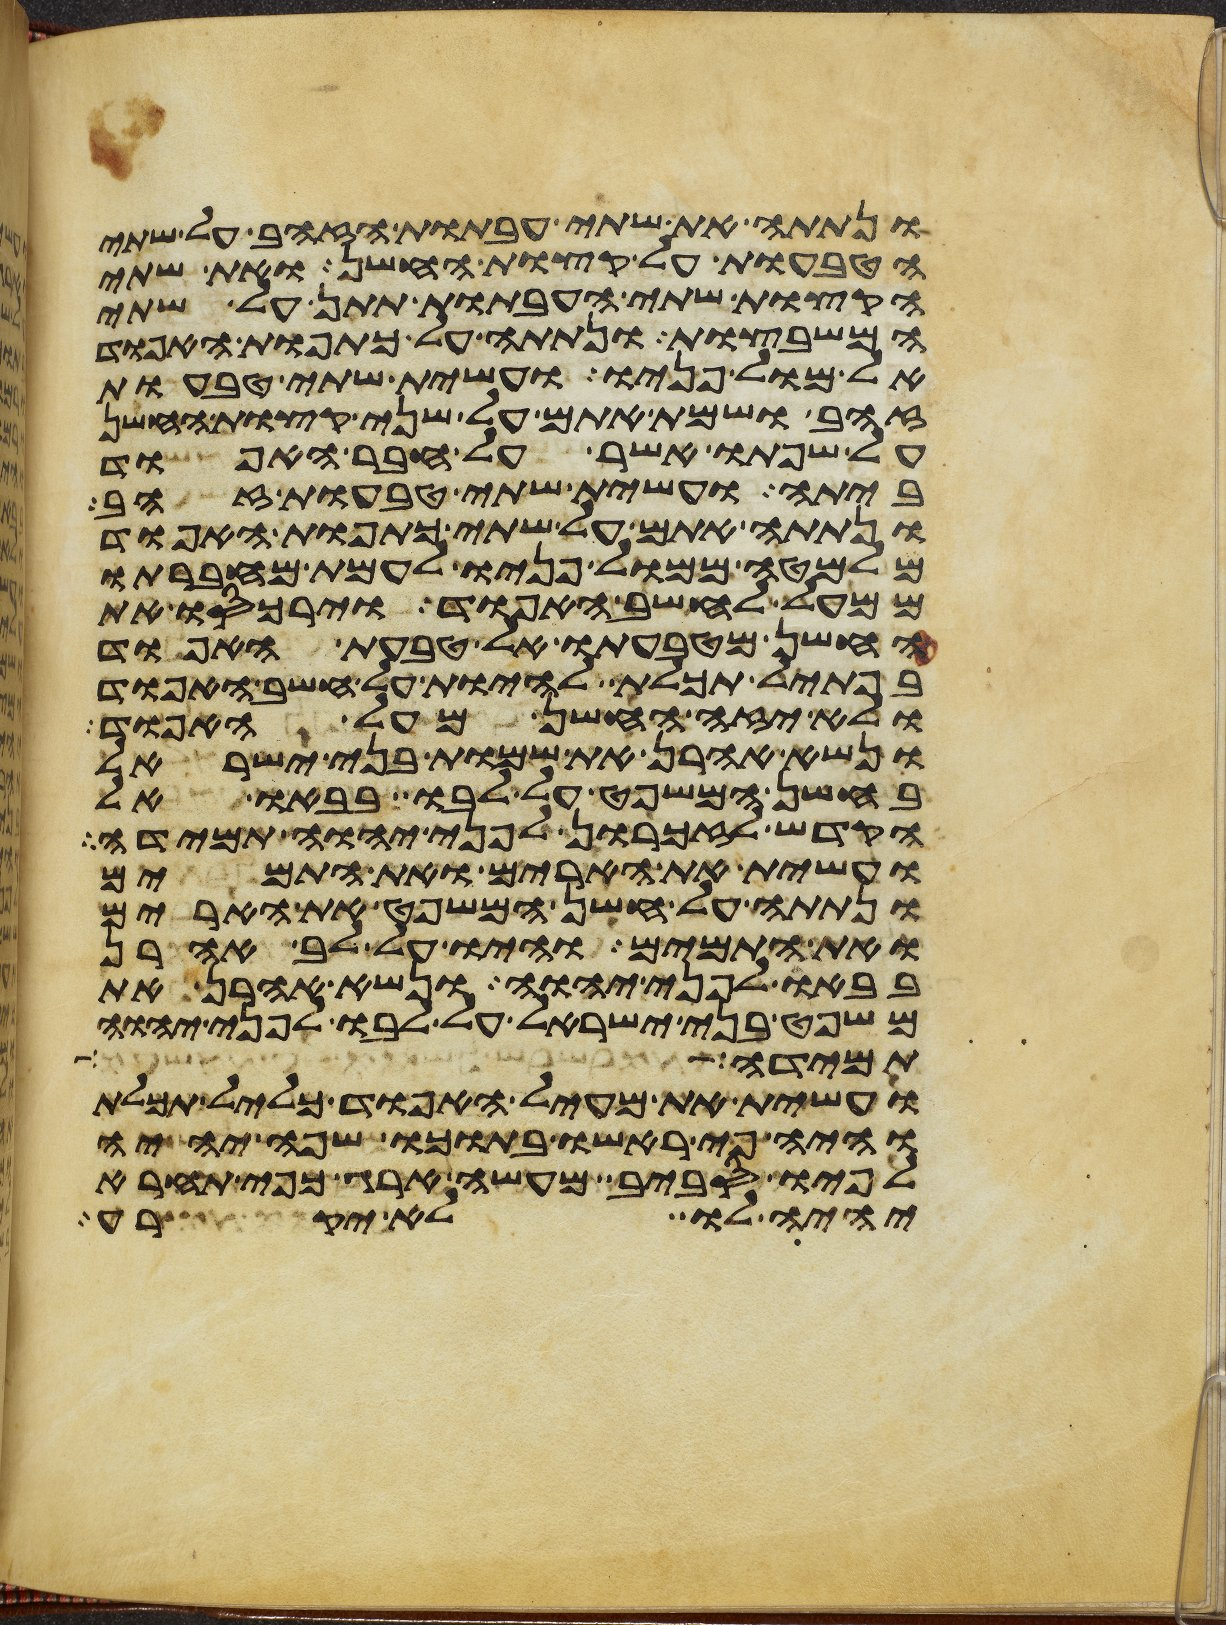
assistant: ונתתה את שתי העבתות הזהב על שתי
הטבעות על קצות החשן ואת שתי
הקצות שתי העבתות תתן על שתי
המשבצות ונתתה על כתפות האפוד
אל מול פניו ועשית שתי טבעות
זהב ושמת אתם על שני קצות החשן
על שפתו אשר על חבר האפוד
ביתה ועשית שתי טבעות זהב
ונתתה אתם על שתי כתפות האפוד
מלמטה ממול פניו לעמת מחברתו
ממעל לחשב האפוד וירכסו את
החשן מטבעתו אל טבעת האפוד
בפתיל תכלת להיות על חשב האפוד
ולא יזה החשן מעל האפוד
ונשא אהרן את שמות בני ישראל
בחשן המשפט על לבו בבאו אל
הקדש לזכרון לפני יהוה תמידה
ועשית את הארים ואת התמים
ונתתה על חשן המשפט את הארים
ואת התמים והיו על לב אהרן
בבאו לפני יהוה ונשא אהרן את
משפט בני ישראל על לבו לפני יהוה
אבדה וכחש בה ונשבע על שקר
ועשית את מעיל האפוד כליל תכלת
והיה פי ראשו בתוכו שפה יהיה
לפיו סביב מעשה ארג כפי תחרא
יהיה לו לא יקרע